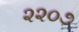
૨૨૦૭